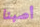
أصبنا